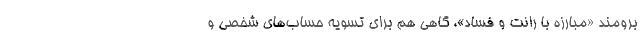
برومند «مبارزه با رانت و فساد»، گاهی هم برای تسویه حساب‌های شخصی و